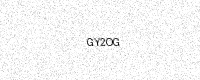
Text: GY2OG